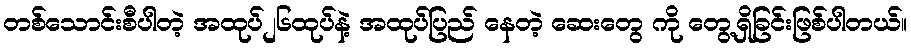
တစ်သောင်းစီပါတဲ့ အထုပ်၂၆ထုပ်နဲ့ အထုပ်ပြည် နေတဲ့ ဆေးတွေ ကို တွေ့ရှိခြင်းဖြစ်ပါတယ်။